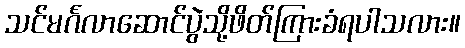
သင်မင်္ဂလာဆောင်ပွဲသို့ဖိတ်ကြားခံရပါသလား။